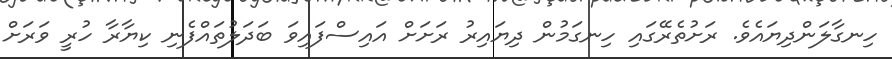
ހިނގާލަންދިޔައެވެ. ރަށުތެރޭގައި ހިނގަމުން ދިޔައިރު ރަށަށް އައިސްފައިވަ ބަދަލުތައްފެނި ކިޔާރާ ހުރީ ވަރަށް